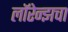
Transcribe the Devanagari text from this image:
लॉरेन्झचा